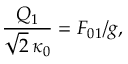
\frac { Q _ { 1 } } { \sqrt { 2 } \, \kappa _ { 0 } } = F _ { 0 1 } / g ,